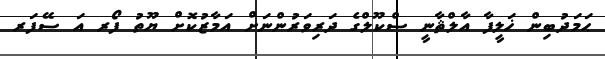
ޙަމަދުބިން ޚަލީފާ އާލްޘާނީ ސްކޫލްގެ ދަރިވަރުންނަށް އަމާޒުކޮށް ޔޫތު ފޯރ އަ ސޭފަރ